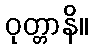
ဝုတ္တာနိ။